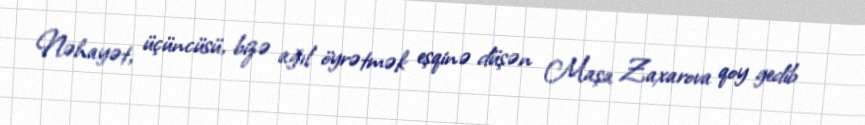
Nəhayət, üçüncüsü, bizə ağıl öyrətmək eşqinə düşən Maşa Zaxarova qoy gedib